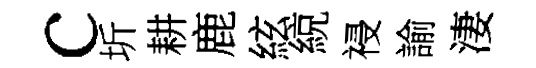
c圻耕鹿絃綂祲諭淒